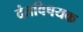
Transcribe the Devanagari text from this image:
दंतविषयक